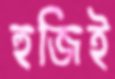
হুজিই